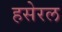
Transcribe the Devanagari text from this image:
हसेरल